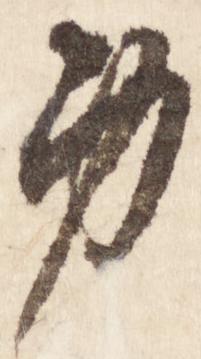
身